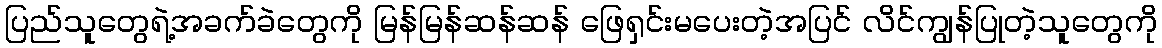
ပြည်သူတွေရဲ့အခက်ခဲတွေကို မြန်မြန်ဆန်ဆန် ဖြေရှင်းမပေးတဲ့အပြင် လိင်ကျွန်ပြုတဲ့သူတွေကို